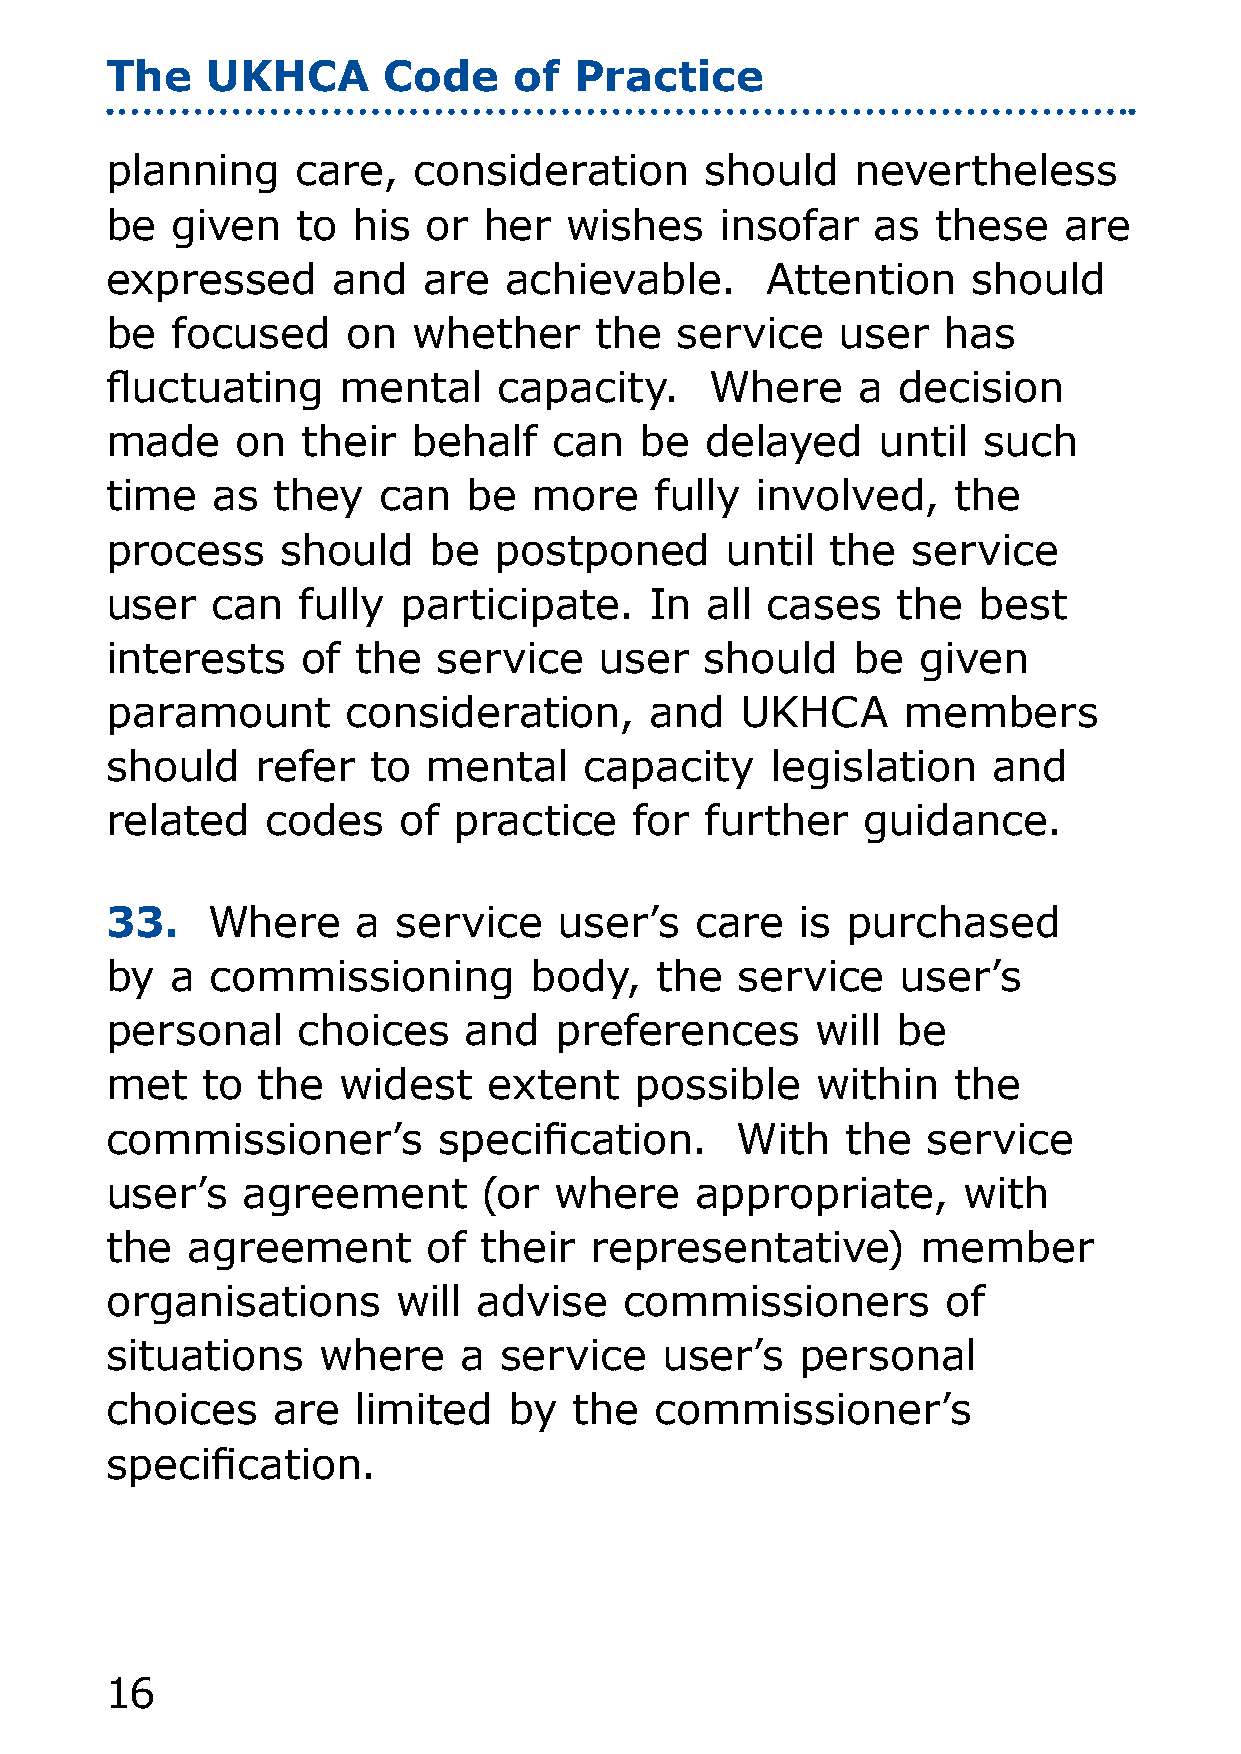
The    UKHCA      Code     of  Practice
 planning     care,  consideration       should   nevertheless
 be  given    to his  or  her  wishes     insofar   as  these   are
 expressed      and   are  achievable.       Attention    should
 be  focused     on  whether     the   service    user  has
 fluctuating    mental     capacity.     Where     a decision
 made     on  their  behalf    can  be   delayed    until  such
 time   as  they   can   be  more    fully  involved,    the
 process     should   be   postponed      until  the  service
 user   can   fully participate.     In  all cases   the   best
 interests    of  the  service    user   should   be   given
 paramount       consideration,      and   UKHCA      members
 should    refer  to  mental     capacity    legislation    and
 related    codes   of  practice    for  further   guidance.
 33.    Where     a service    user’s   care   is purchased
 by  a  commissioning        body,   the   service    user’s
 personal     choices    and   preferences      will be
 met   to  the  widest    extent    possible    within   the
 commissioner’s        specification.      With   the  service
 user’s   agreement       (or  where    appropriate,      with
 the  agreement       of  their  representative)       member
 organisations      will  advise   commissioners         of
 situations    where    a  service    user’s   personal
 choices    are  limited    by  the  commissioner’s
 specification.
 16